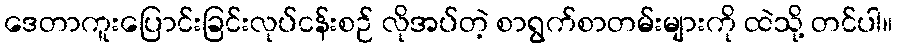
ဒေတာကူးပြောင်းခြင်းလုပ်ငန်းစဉ် လိုအပ်တဲ့ စာရွက်စာတမ်းများကို ထဲသို့ တင်ပါ။